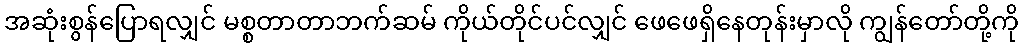
အဆုံးစွန်ပြောရလျှင် မစ္စတာတာဘက်ဆမ် ကိုယ်တိုင်ပင်လျှင် ဖေဖေရှိနေတုန်းမှာလို ကျွန်တော်တို့ကို